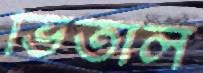
ভিতাল